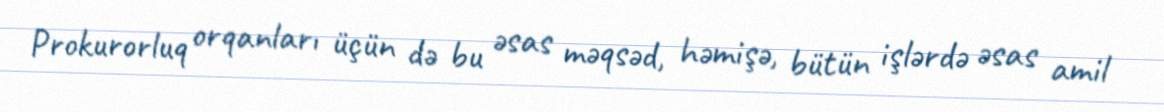
Prokurorluq orqanları üçün də bu əsas məqsəd, həmişə, bütün işlərdə əsas amil